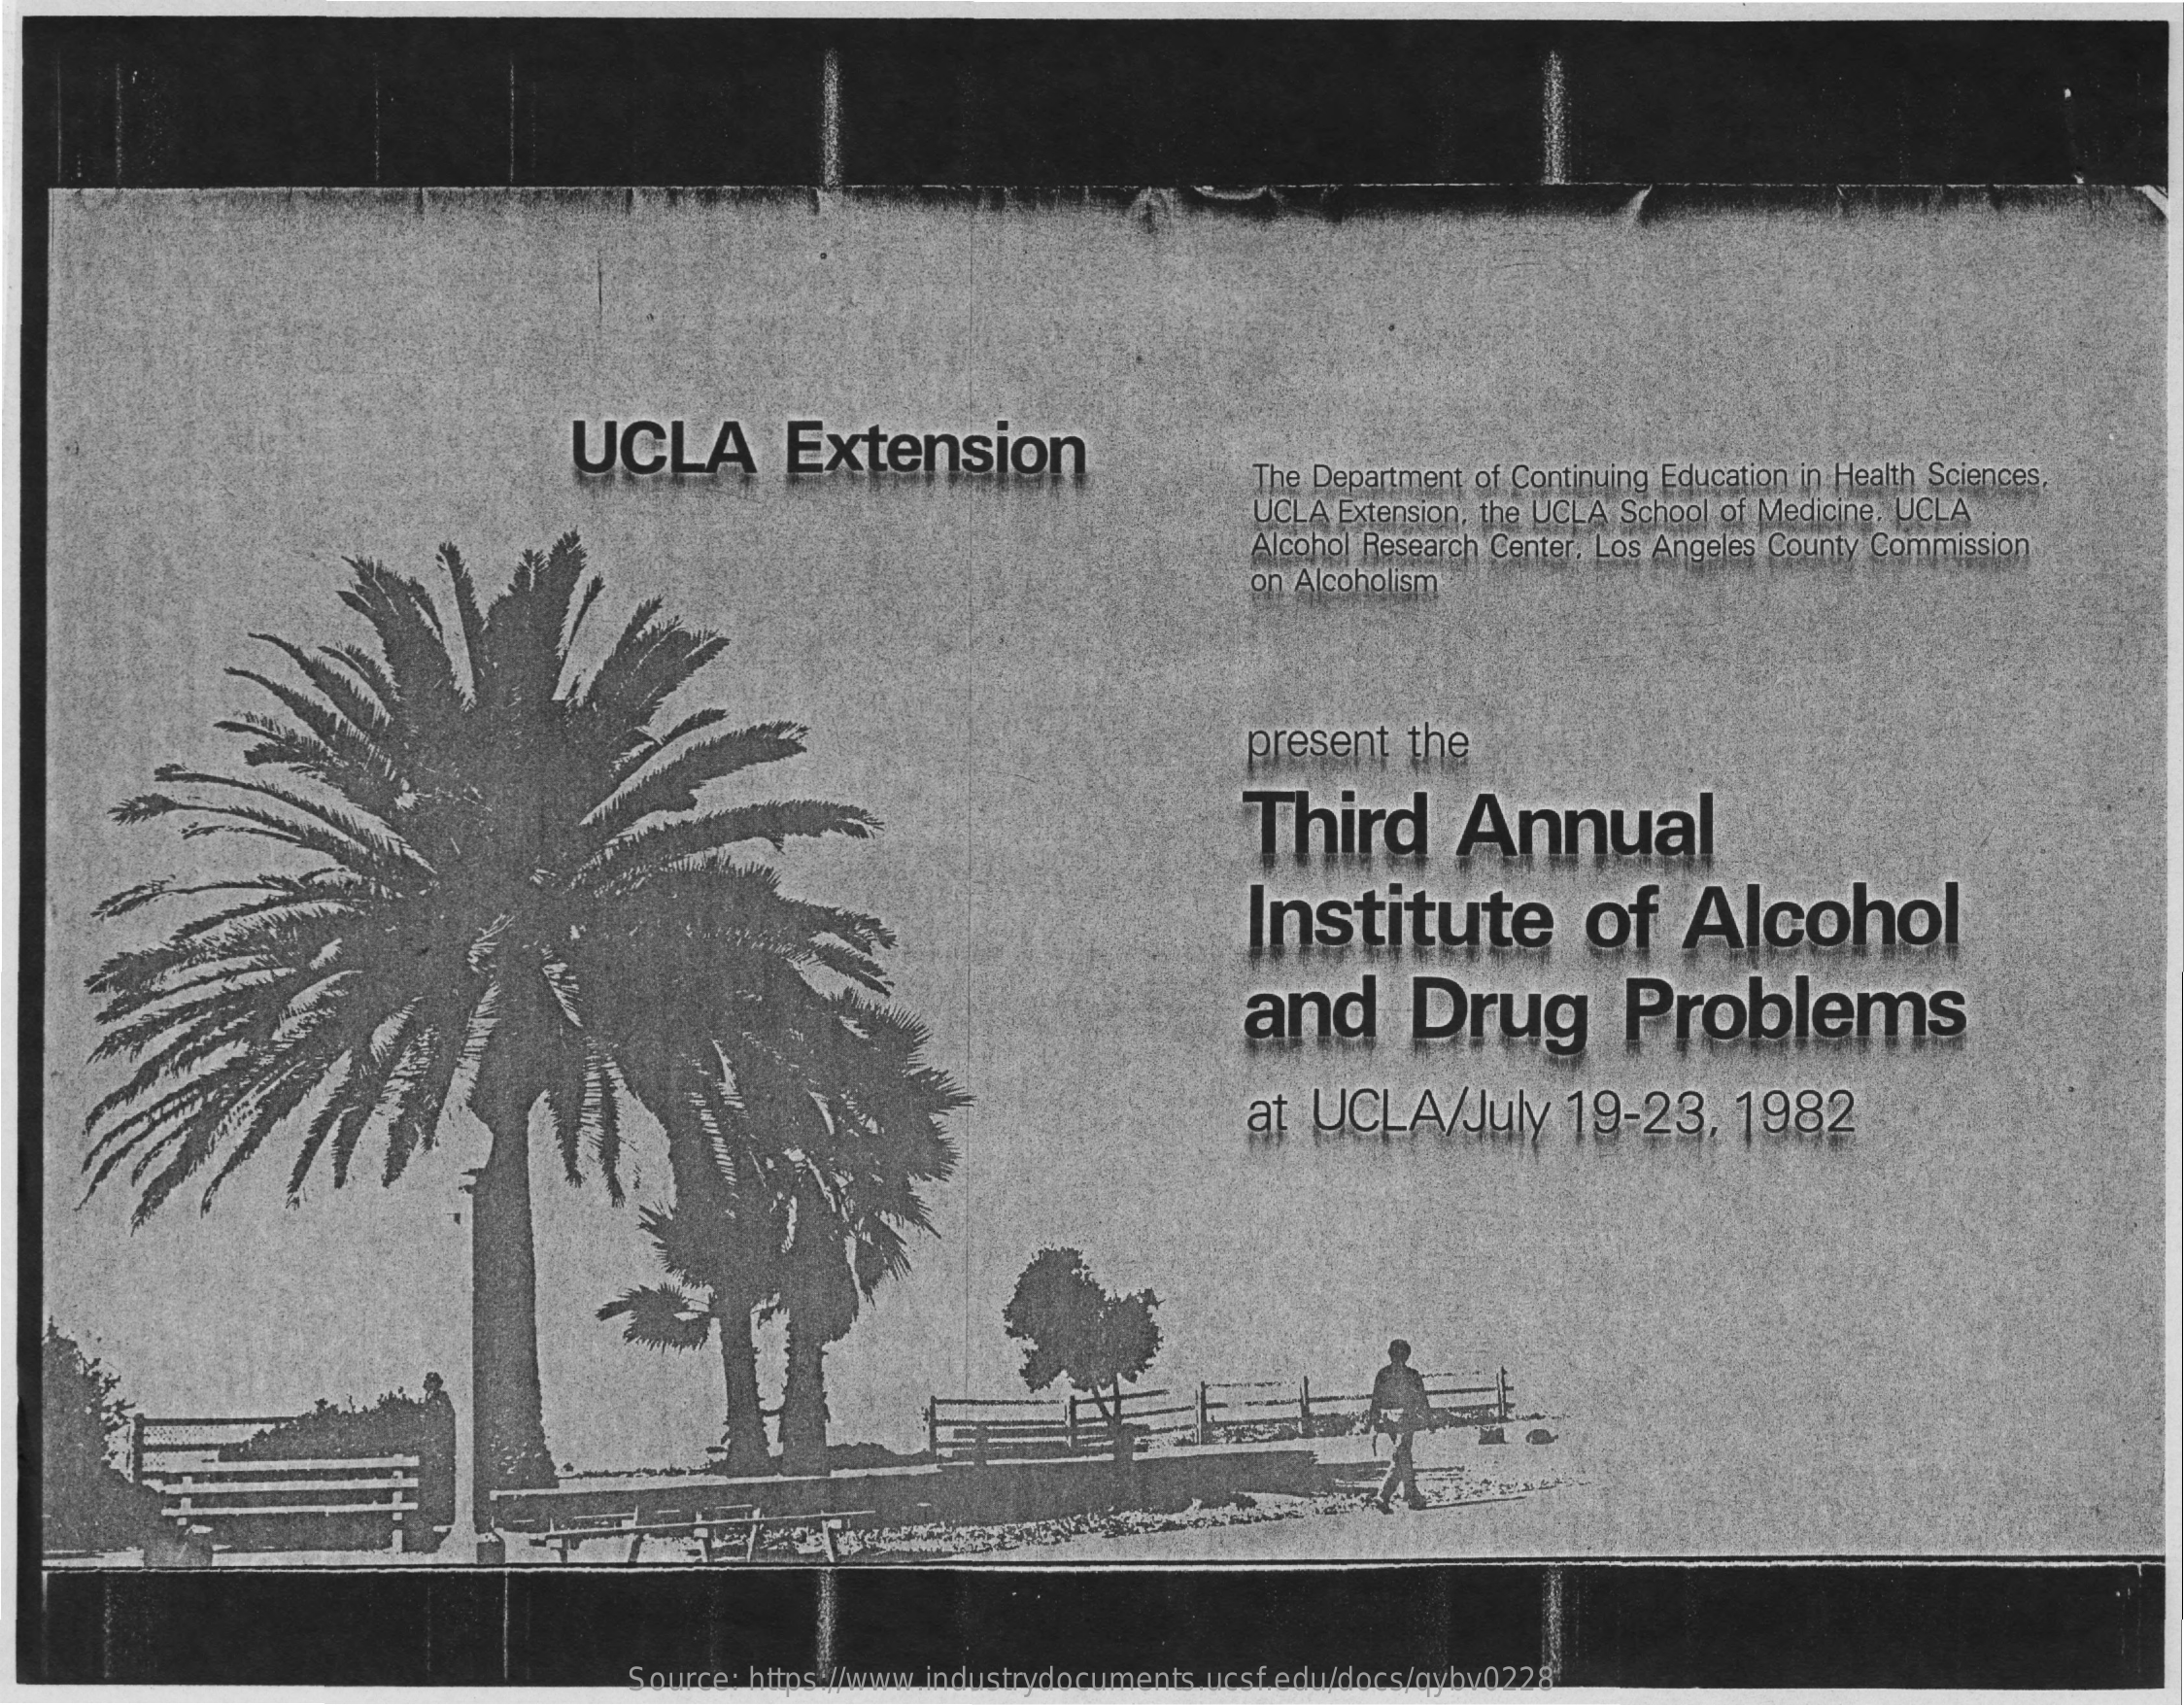
UCLA    Extension
     The Department of Continuing Education in Health Sciences,
     UCLA Extension, the UCLA School of Medicine. UCLA
     Alcohol Research Center, Los Angeles County Commission
     on Alcoholism
     present   the
     Third    Annual
     Institute    of    Alcohol
     and    Drug    Problems
     at UCLA/July    19-23,    1982
     Source: https://www.industrydocuments.ucsf.edu/docs/qybv0228